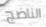
الناضج